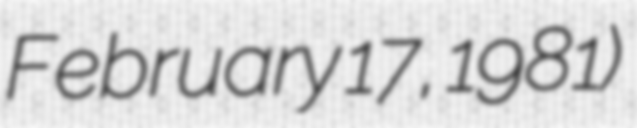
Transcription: February 17, 1981)